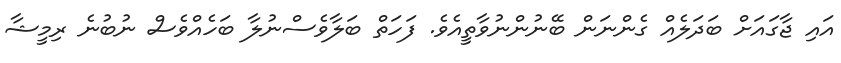
އައި ޖާގައަށް ބަދަލެއް ގެންނަން ބޭނުންނުވާތީއެވެ. ފަހަތް ބަލާވެސްނުލާ ބަހެއްވެސް ނުބުނެ ރިމީޝާ